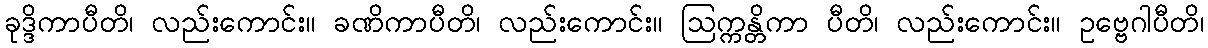
ခုဒ္ဒိကာပီတိ၊ လည်းကောင်း။ ခဏိကာပီတိ၊ လည်းကောင်း။ ဩက္ကန္တိကာ ပီတိ၊ လည်းကောင်း။ ဥဗ္ဗေဂါပီတိ၊